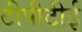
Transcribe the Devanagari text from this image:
टीपीटीई